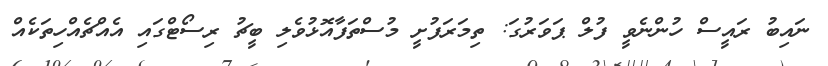
ނައިބު ރައީސް ހުންނެވީ ފުލް ޕަވަރުގަ: ތިމަރަފުށީ މުސްތަފާއޮޅުވެލި ބީޗު ރިސޯޓްގައި އެއްޗެއްހިތަކެއް